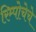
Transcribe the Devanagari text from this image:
रिम्पोचेचे